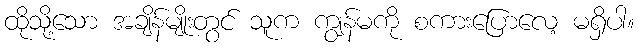
ထိုသို့သော အချိန်မျိုးတွင် သူက ကျွန်မကို စကားပြောလေ့ မရှိပါ။